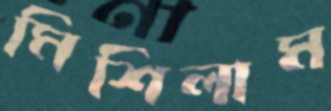
মিশিলাম